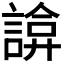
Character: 𧩸